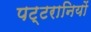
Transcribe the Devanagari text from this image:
पट्टरानियों